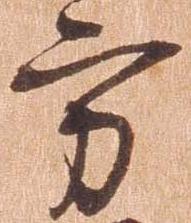
方